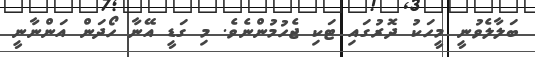
ބަލާލެވުނީ މީހަކު ދޮރުގައި ޓަކި ޖެހުމުންނެވެ. މި ގަޑީ އޭނާ ހޯދަން އަންނާނީ